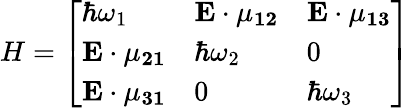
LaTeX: H=\left[\begin{array}{lll}{\hbar\omega_{1}}&{\mathbf{E\cdot\mu_{12}}}&{\mathbf{E\cdot\mu_{13}}}\\ {\mathbf{E\cdot\mu_{21}}}&{\hbar\omega_{2}}&{0}\\ {\mathbf{E\cdot\mu_{31}}}&{0}&{\hbar\omega_{3}}\end{array}\right]